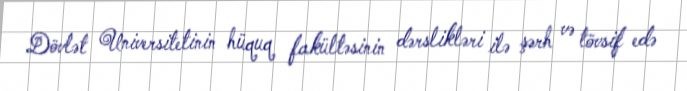
Dövlət Universitetinin hüquq fakültəsinin dərslikləri ilə şərh və tövsif edə